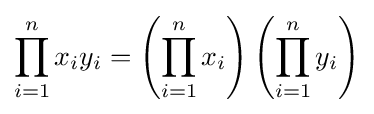
\prod _{i=1}^{n}{x_{i}y_{i}}=\left(\prod _{i=1}^{n}x_{i}\right)\left(\prod _{i=1}^{n}y_{i}\right)